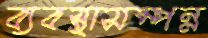
ব্যবস্থাসম্পন্ন